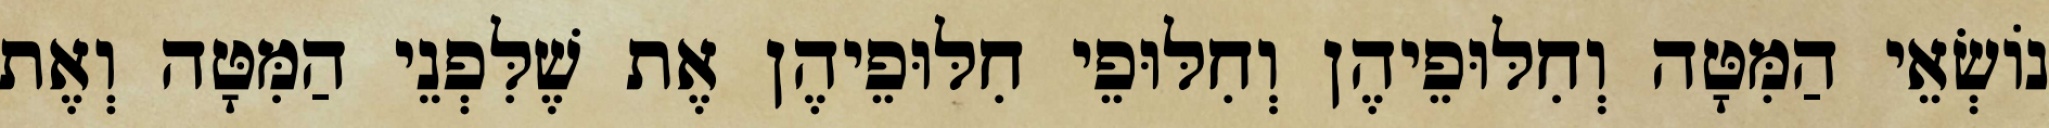
נוֹשְׂאֵי הַמִּטָּה וְחִלּוּפֵיהֶן וְחִלּוּפֵי חִלּוּפֵיהֶן אֶת שֶׁלִּפְנֵי הַמִּטָּה וְאֶת